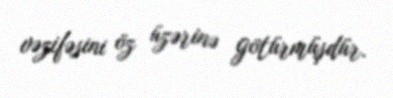
vəzifəsini öz üzərinə götürmüşdür.